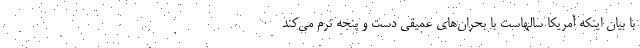
با بیان اینکه آمریکا سالهاست با بحران‌های عمیقی دست و پنجه نرم می‌کند